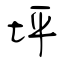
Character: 坪